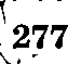
277